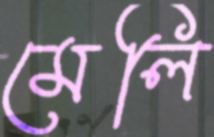
মেলি